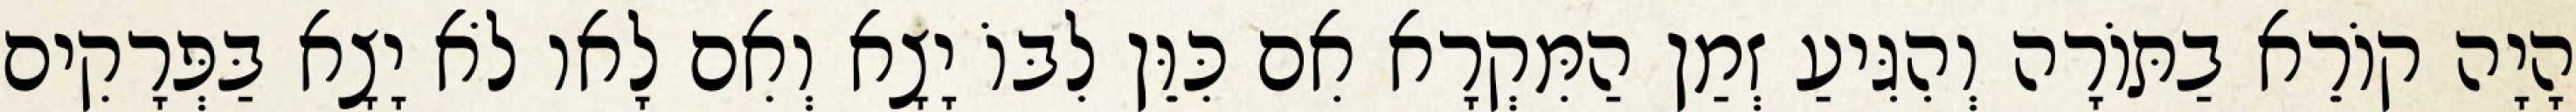
הָיָה קוֹרֵא בַתּוֹרָה וְהִגִּיעַ זְמַן הַמִּקְרָא אִם כִּוֵּן לִבּוֹ יָצָא וְאִם לָאו לֹא יָצָא בַּפְּרָקִים